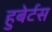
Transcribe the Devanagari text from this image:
हुबेर्टस